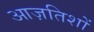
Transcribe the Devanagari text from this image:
आज़तिशों